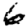
Digit: 6